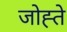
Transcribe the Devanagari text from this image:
जोह्ते